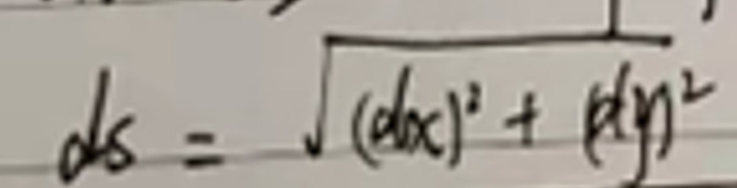
\[
ds = \sqrt{(dx)^2+(dy)^2}
\]